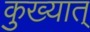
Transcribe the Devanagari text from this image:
कुख्यात्